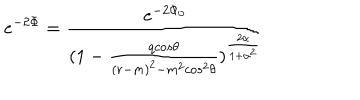
e ^ { - 2 \Phi } = { \frac { e ^ { - 2 \Phi _ { 0 } } } { ( 1 - { \frac { q c o s \theta } { ( r - m ) ^ { 2 } - m ^ { 2 } c o s ^ { 2 } \theta } } ) ^ { \frac { 2 \alpha } { 1 + \alpha ^ { 2 } } } } }